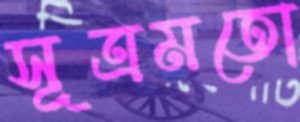
সূত্রমতো